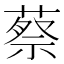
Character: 蔡